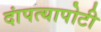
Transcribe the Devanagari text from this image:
दांपत्यापोटी